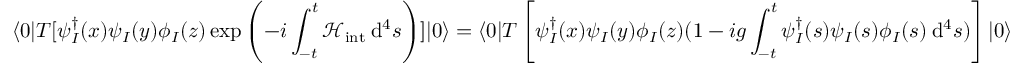
\langle 0 | T [ \psi _ { I } ^ { \dagger } ( x ) \psi _ { I } ( y ) \phi _ { I } ( z ) \exp \left( - i \int _ { - t } ^ { t } \mathcal { H } _ { \mathrm { i n t } } \: \mathrm { d } ^ { 4 } s \right) ] | 0 \rangle = \langle 0 | T \left[ \psi _ { I } ^ { \dagger } ( x ) \psi _ { I } ( y ) \phi _ { I } ( z ) ( 1 - i g \int _ { - t } ^ { t } \psi _ { I } ^ { \dagger } ( s ) \psi _ { I } ( s ) \phi _ { I } ( s ) \: \mathrm { d } ^ { 4 } s ) \right] | 0 \rangle